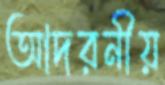
আদরনীয়